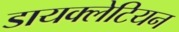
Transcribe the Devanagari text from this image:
डायक्लेटियन